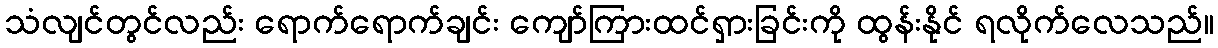
သံလျင်တွင်လည်း ရောက်ရောက်ချင်း ကျော်ကြားထင်ရှားခြင်းကို ထွန်းနိုင် ရလိုက်လေသည်။